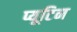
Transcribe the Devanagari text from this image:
प्यूटिन